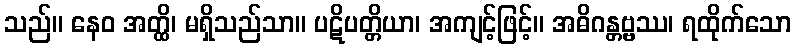
သည်။ နေဝ အတ္ထိ၊ မရှိသည်သာ။ ပဋိပတ္တိယာ၊ အကျင့်ဖြင့်။ အဓိဂန္တဗ္ဗဿ၊ ရထိုက်သော